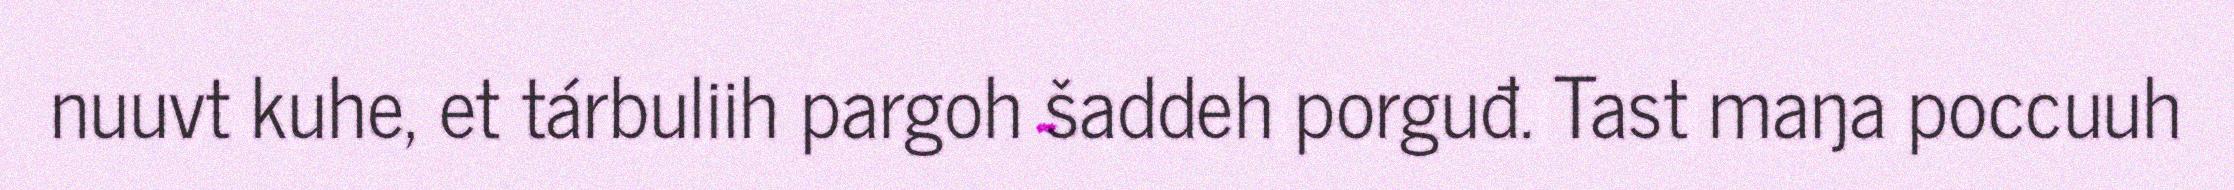
nuuvt kuhe, et tárbuliih pargoh šaddeh porguđ. Tast maŋa poccuuh